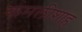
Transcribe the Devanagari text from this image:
कमलीशाह